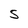
Character: 5